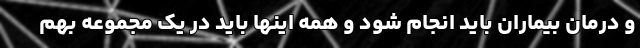
و درمان بیماران باید انجام شود و همه اینها باید در یک مجموعه بهم